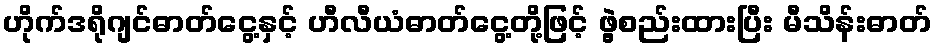
ဟိုက်ဒရိုဂျင်ဓာတ်ငွေ့နှင့် ဟီလီယံဓာတ်ငွေ့တို့ဖြင့် ဖွဲ့စည်းထားပြီး မီသိန်းဓာတ်